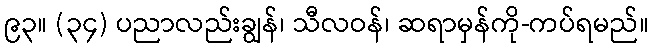
၉၃။ (၃၄) ပညာလည်းချွန်၊ သီလဝန်၊ ဆရာမှန်ကို-ကပ်ရမည်။